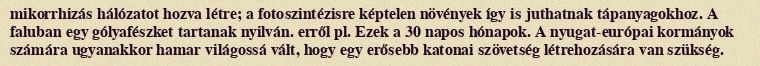
mikorrhizás hálózatot hozva létre; a fotoszintézisre képtelen növények így is juthatnak tápanyagokhoz. A faluban egy gólyafészket tartanak nyilván. erről pl. Ezek a 30 napos hónapok. A nyugat-európai kormányok számára ugyanakkor hamar világossá vált, hogy egy erősebb katonai szövetség létrehozására van szükség.